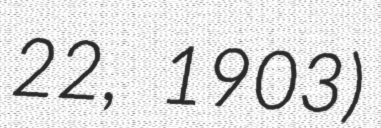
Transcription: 22, 1903)